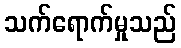
သက်ရောက်မှုသည်